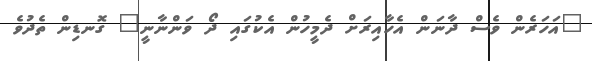
"އަހަރެން ވެސް ދާނަން އެހާއިރަށް ދެމީހުން އެކުގައި ދޯ ވަންނާނީ" ގޮނޑިން ތެދުވެ